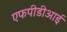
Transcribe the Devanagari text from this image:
एफपीडीआई